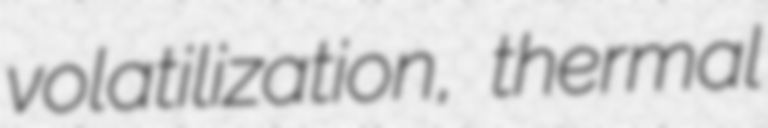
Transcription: volatilization, thermal